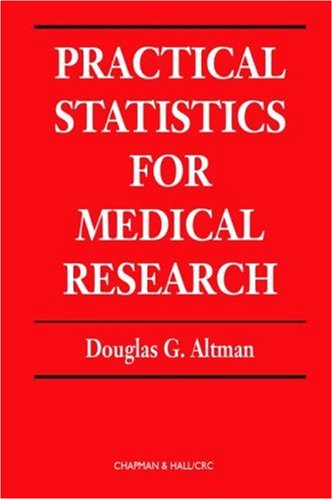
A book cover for Practical Statistics for Medical Research (Chapman & Hall/CRC Texts in Statistical Science); Douglas G. Altman; Medical Books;